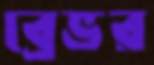
ব্রেভর